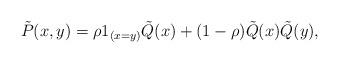
LaTeX: \begin{align*}\tilde{P}(x,y) = \rho1_{(x=y)} \tilde{Q}(x) + (1-\rho) \tilde{Q}(x) \tilde{Q}(y),\end{align*}